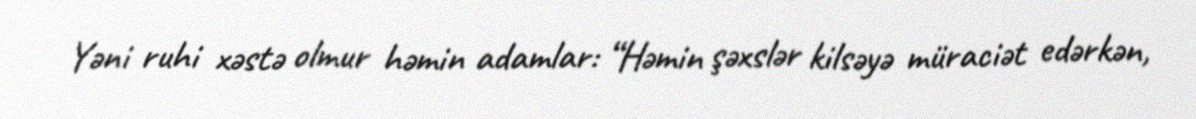
Yəni ruhi xəstə olmur həmin adamlar: “Həmin şəxslər kilsəyə müraciət edərkən,